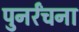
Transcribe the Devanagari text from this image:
पुनर्रंचना